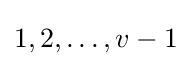
1,2,\dots ,v-1